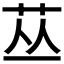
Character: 𱽘